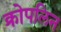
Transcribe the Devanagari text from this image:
क्रोपलिन